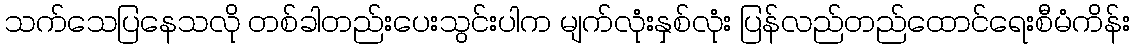
သက်သေပြနေသလို တစ်ခါတည်းပေးသွင်းပါက မျက်လုံးနှစ်လုံး ပြန်လည်တည်ထောင်ရေးစီမံကိန်း